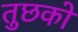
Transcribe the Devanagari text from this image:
तुछको